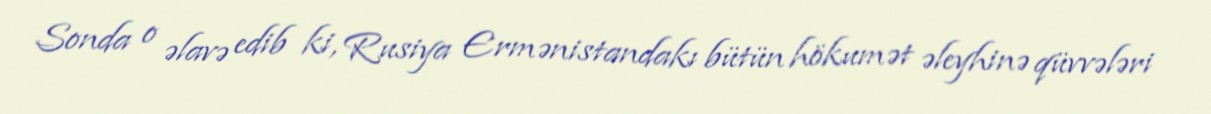
Sonda o əlavə edib ki, Rusiya Ermənistandakı bütün hökumət əleyhinə qüvvələri